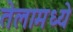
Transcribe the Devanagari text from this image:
तेलामध्ये